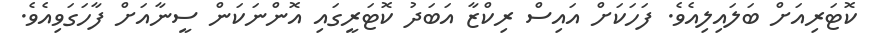
ކޮޓަރިއަށް ބަލައިލިއެވެ. ފަހަކަށް އައިސް ރިކްޒާ އަބަދު ކޮޓަރީގައި އޮންނަކަން ސީނާއަށް ފާހަގަވިއެވެ.